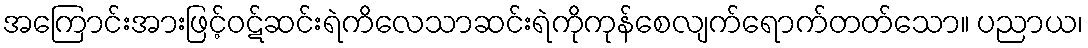
အကြောင်းအားဖြင့်ဝဋ်ဆင်းရဲကိလေသာဆင်းရဲကိုကုန်စေလျက်ရောက်တတ်သော။ ပညာယ၊